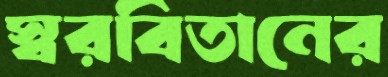
স্বরবিতানের